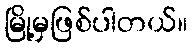
မြို့မှဖြစ်ပါတယ်။